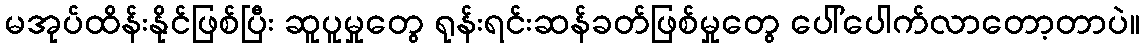
မအုပ်ထိန်းနိုင်ဖြစ်ပြီး ဆူပူမှုတွေ ရုန်းရင်းဆန်ခတ်ဖြစ်မှုတွေ ပေါ်ပေါက်လာတော့တာပဲ။